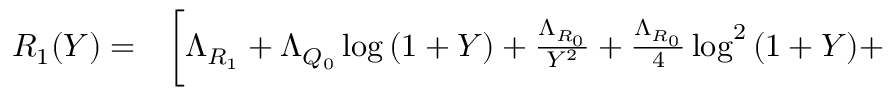
\begin{array} { r l } { R _ { 1 } ( Y ) = } & { { } \bigg [ \Lambda _ { R _ { 1 } } + \Lambda _ { Q _ { 0 } } \log { ( 1 + Y ) } + \frac { \Lambda _ { R _ { 0 } } } { Y ^ { 2 } } + \frac { \Lambda _ { R _ { 0 } } } { 4 } \log ^ { 2 } { ( 1 + Y ) } + } \end{array}